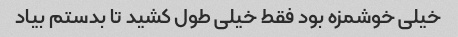
خیلی خوشمزه بود فقط خیلی طول کشید تا بدستم بیاد